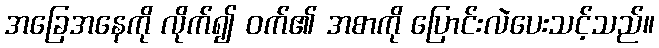
အခြေအနေကို လိုက်၍ ဝက်၏ အစာကို ပြောင်းလဲပေးသင့်သည်။